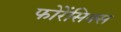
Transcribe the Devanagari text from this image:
फोरेंसिक्स